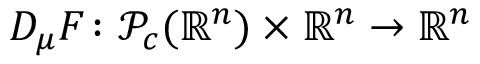
D _ { \mu } F \colon \mathcal { P } _ { c } ( \mathbb { R } ^ { n } ) \times \mathbb { R } ^ { n } \to \mathbb { R } ^ { n }